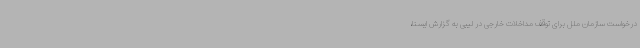
درخواست سازمان ملل برای توقف مداخلات خارجی در لیبی به گزارش ایسنا،